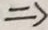
\Rightarrow